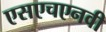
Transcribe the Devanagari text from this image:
एसएचएनवी